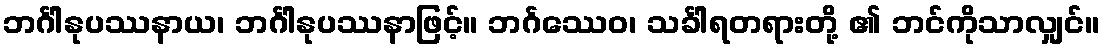
ဘင်္ဂါနုပဿနာယ၊ ဘင်္ဂါနုပဿနာဖြင့်။ ဘင်္ဂဿေဝ၊ သင်္ခါရတရားတို့ ၏ ဘင်ကိုသာလျှင်။